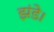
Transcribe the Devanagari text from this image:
झंडे।